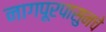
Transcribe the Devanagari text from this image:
नागपूरपासुनचे